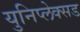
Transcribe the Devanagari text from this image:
युनिप्लेक्सड